Report on the cultivation and use of ganja
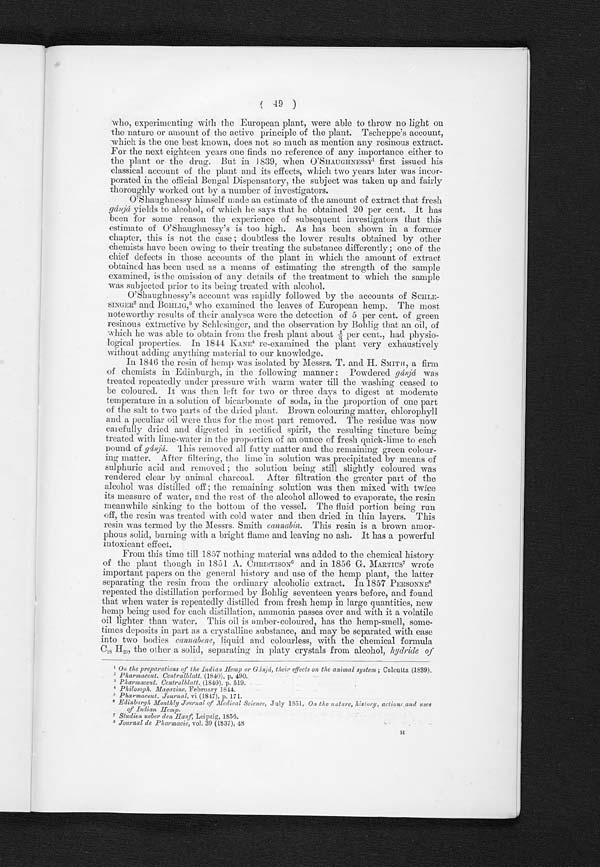
( 49 )
who, experimenting with the European plant, were able to throw no light on
the nature or amount of the active principle of the plant. Tscheppe's account,
which is the one best known, does not so much as mention any resinous extract.
For the next eighteen years one finds no reference of any importance either to
the plant or the drug. But in 1839, when O ' SHAUGIINESSY 1 first issued his
classical account of the plant and its effects, which two years later was incor-
porated in the official Bengal Dispensatory, the subject was taken up and fairly
thoroughly worked out by a number of investigators.
O'Shaughnessy himself made an estimate of the amount of extract that fresh
gánjá yields to alcohol, of which he says that he obtained 20 per cent. It has
been for some reason the experience of subsequent investigators that this
estimate of O'Shaughnessy's is too high. As has been shown in a former
chapter, this is not the case ; doubtless the lower results obtained by other
chemists have been owing to their treating the substance differently ; one of the
chief defects in those accounts of the plant in which the amount of extract
obtained has been used as a means of estimating the strength of the sample
examined, is the omission of any details of the treatment to which the sample
was subjected prior to its being treated with alcohol.
O'Shaughnessy's account was rapidly followed by the accounts of
n
SINGER2 and BoHLIG, 3 Who examined the leaves of European hemp. The most
noteworthy results of their analyses were the detection of 5 per cent. of green
resinous extractive by Schlesinger, and the observation by Bohlig that an oil, of
which he was able to obtain from the fresh plant about 1/3 per cent., had physio-
logical properties. In 1844 KANE . 1 r e - e x a m i n e d t h e p l a n t v e r y e x h a u s t i v e l y
without adding anything material to our knowledge.
In 1846 the resin of hemp was isolated by Messrs. T. and HS M I T H ,
a f i r m
of chemists in Edinburgh, in the following manner: Powdered gán já was
treated repeatedly under pressure with warm water till the washing
ceased to
be coloured. It was then left for two or three days to digest at moderate
temperature in a solution of bicarbonate of soda, in the proportion of one part
of the salt to two parts of the dried plant. Brown colouring matter, chlorophyll
and a peculiar oil were thus for the most part removed. The residue was now
carefully dried and digested in rectified spirit, the resulting tincture being;
treated with lime-water in the proportion of an ounce of fresh quick-lime to each
pound of gánjá. This removed all fatty matter and the remaining green colour-
ing matter. After filtering, the lime in solution was precipitated by means of
sulphuric acid and removed ; the solution being still slightly coloured was
rendered clear by animal charcoal. After filtration the greater part of the
alcohol was distilled off ; the remaining solution was then mixed with twice
its measure of water, and the rest of the alcohol allowed to evaporate, the resin
meanwhile sinking to the bottom of the vessel. The fluid portion being run
off, the resin was treated with cold water and then dried in thin layers. This
resin was termed by the Messrs. Smith cannabin. This resin is a brown amor-
phous solid, burning with a bright flame and leaving no ash. It has a powerful
intoxicant effect.
From this time till 1857 nothing material was added to the chemical history
of the plant though in 1851 A. CHRISTISON 6 and in 1856 G. MARTIUS7 wrote
important papers on the general history and use of the hemp plant, the latter
s e p a r a t i n g t h e r e s i n f r o m t h e o r d i n a r y a l c o h o l i c e x t r a c t . I n 1 8 5 7 P E R S O N N E
8
repeated
separating
distillation performed by Bohlig seventeen years before, and found
that when water is repeatedly distilled from fresh hemp in large quantities, new
hemp being used for each_ distillation, ammonia passes over and with it a volatile
oil lighter than water. This oil is amber-coloured, has the hemp-smell, some-
times deposits in part as a crystalline substance, and may be separated with ease
into two bodies cannabene, liquid and colourless, with the chemical formula
C18 H20, the other a solid, separating in platy crystals from alcohol, hydride of
¹ On the preparations of the Indian Hemp or Gánjá, their effects on the animal system ; Calcutta (1839).
² Pharm
aceut. Centralblatt. (1840), p. 490.
³ Pharmaceut. Centralblatt. (1840), p. 519.
4. Philosoph. Magazine, February 1814.
5 Pharmaceut. Journal, vi (1817), p. 171.
6 Edinbu
rgh Monthly Journal of Medical Science, July 1851, On the nature, history, action and uses
of Indian Hemp.
7 Studien ueber den Hanf, Lei pzi g, 1856.
8 Journal de Pharmacie, vol. 39 (1837), 48